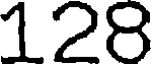
128